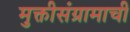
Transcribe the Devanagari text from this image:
मुक्तीसंग्रामाची